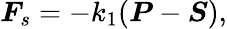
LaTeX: \boldsymbol{F}_{s}=-k_{1}(\boldsymbol{P}-\boldsymbol{S}),